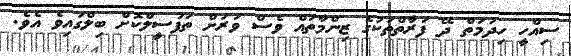
ސިއްހީ ހިދުމަތް ދޭ ފަރާތްތަކުގެ ޒިންމާތައް ވެސް ވަރަށް ތަފުސީލްކޮށް ބިލްގައިވެ އެވެ.